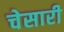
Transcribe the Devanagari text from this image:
चेसारी